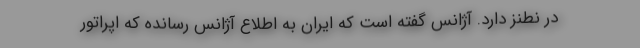
در نطنز دارد. آژانس گفته است که ایران به اطلاع آژانس رسانده که اپراتور